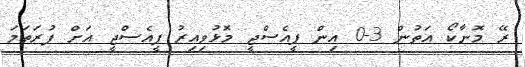
ރޭ މޮނާކޯ އަތުން 3-0 އިން ޕީއެސްޖީ މޮޅުވިއިރު ޕީއެސްޖީ އަށް ފުރަތަމަ